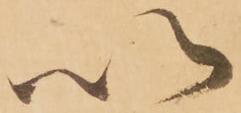
以